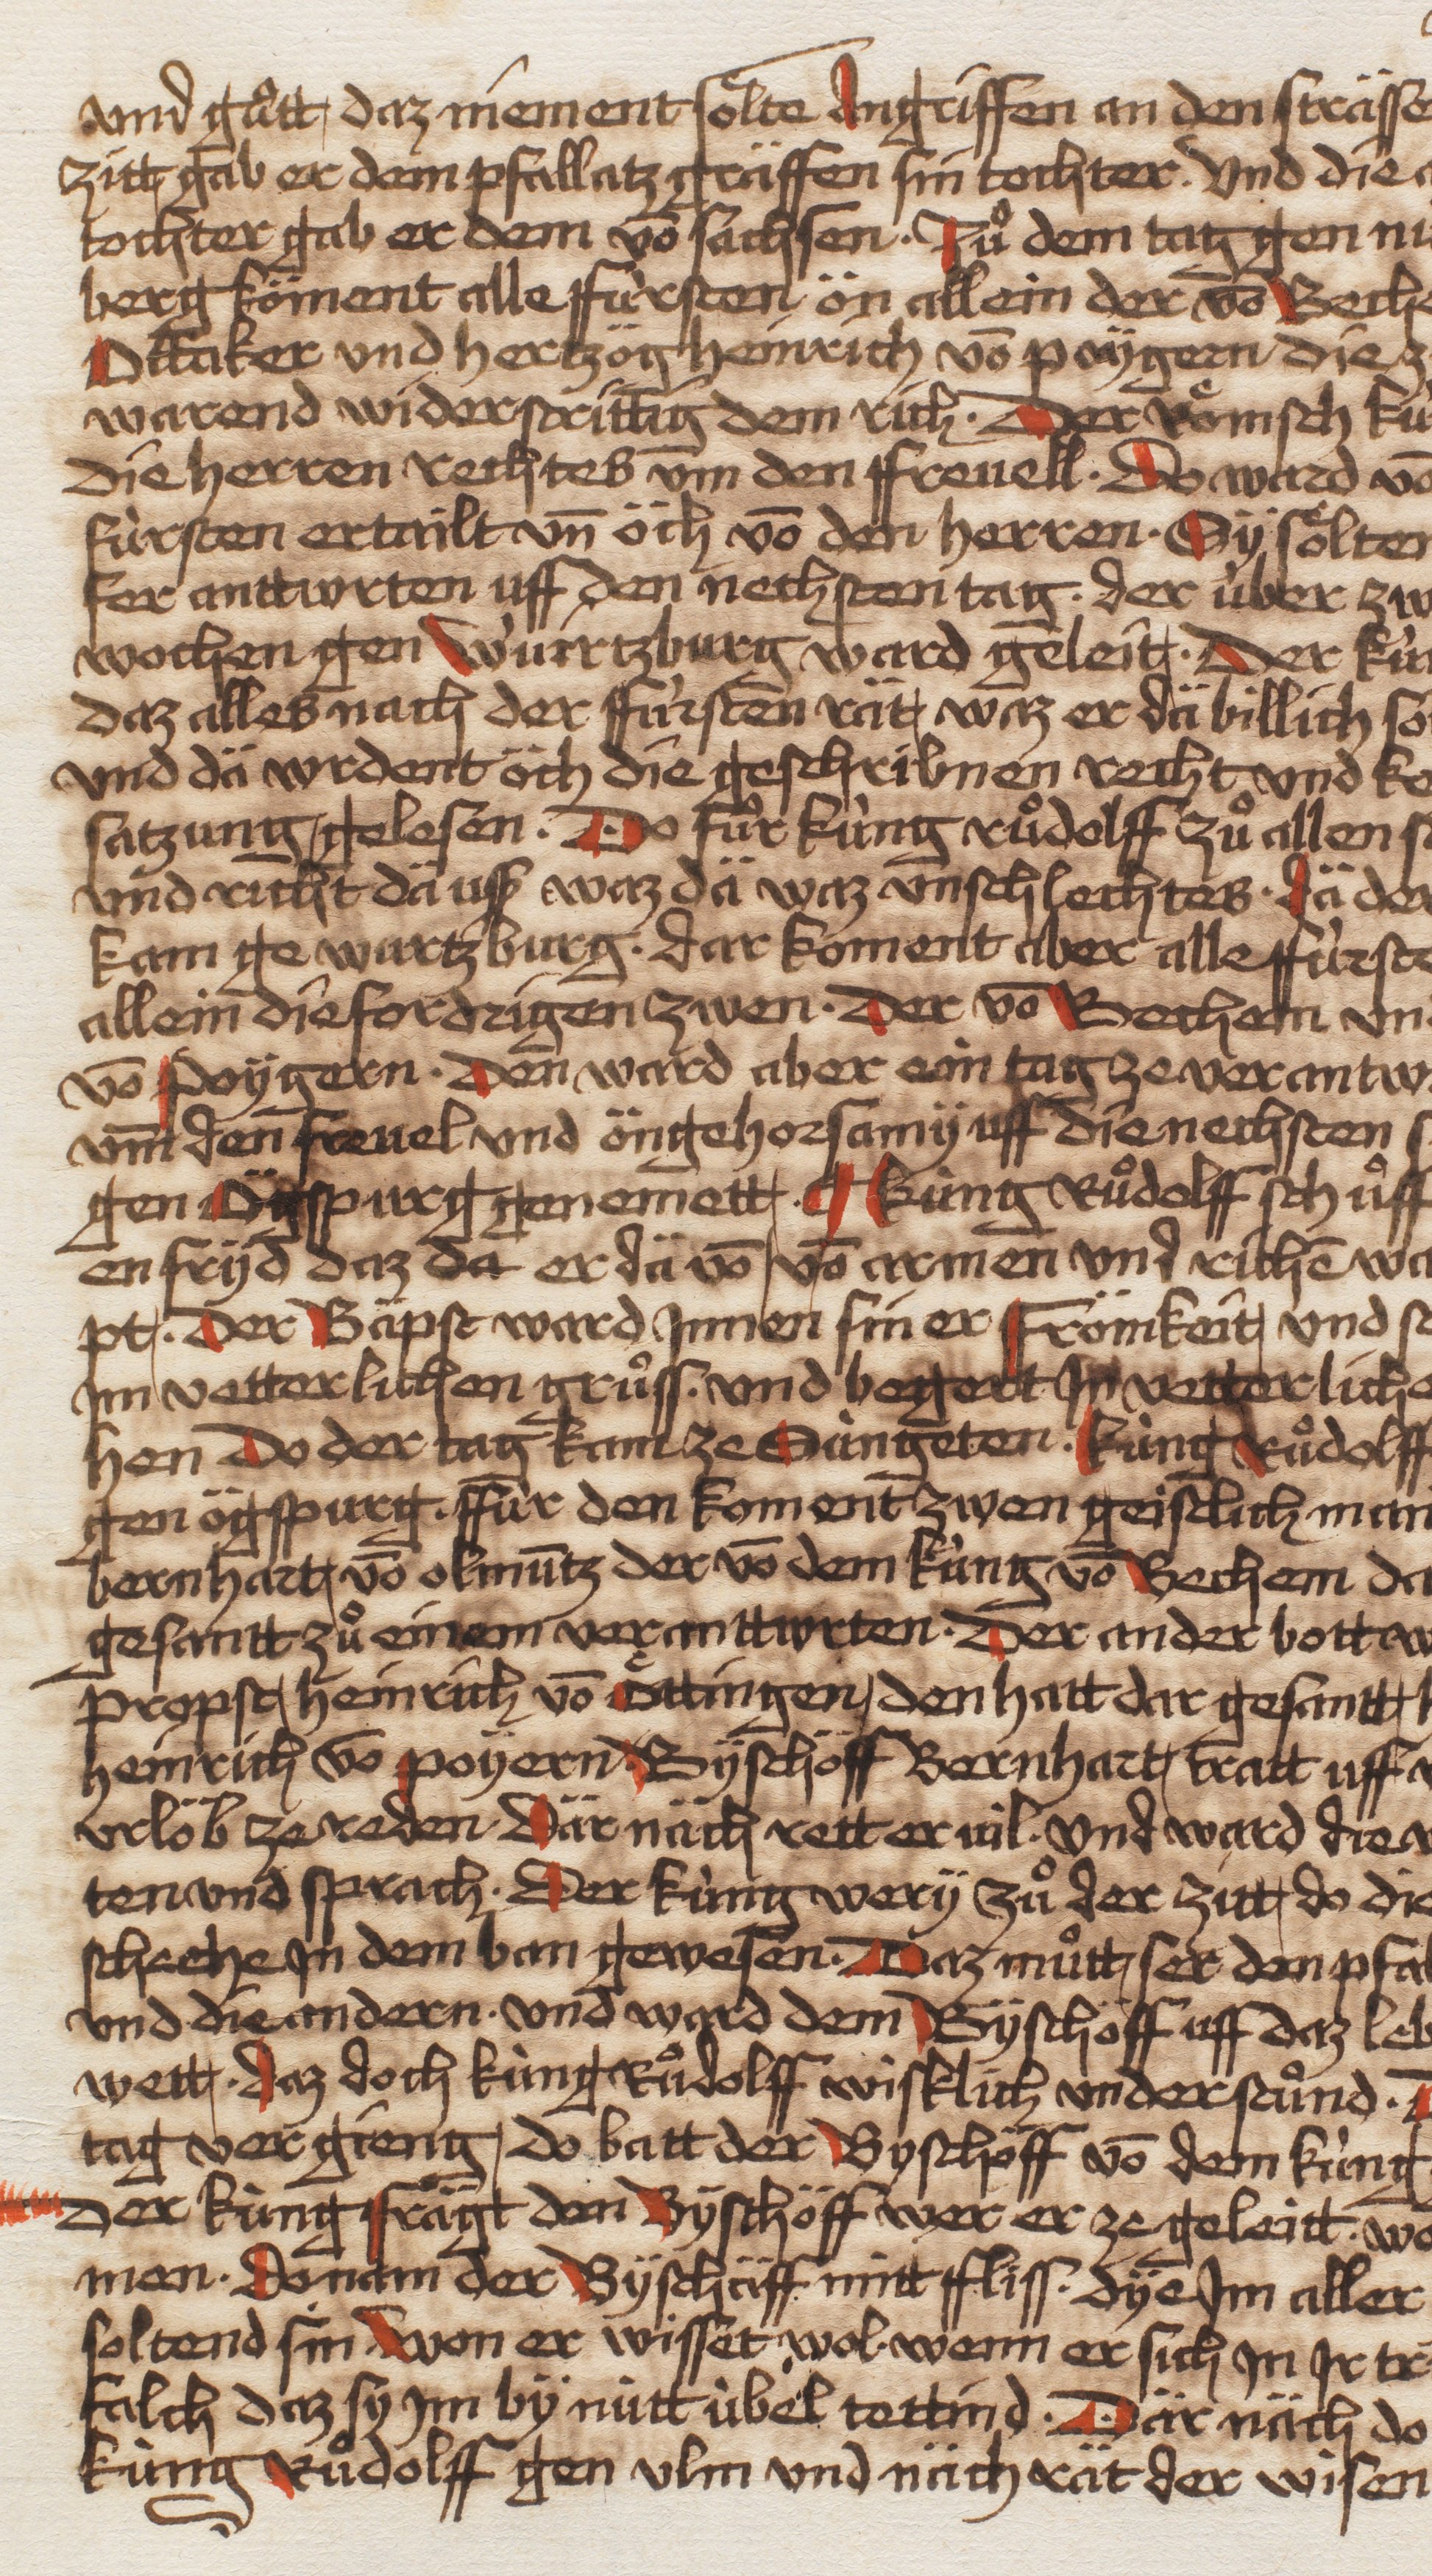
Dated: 1479–1480